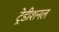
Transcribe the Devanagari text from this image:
ट्रेडीशनल